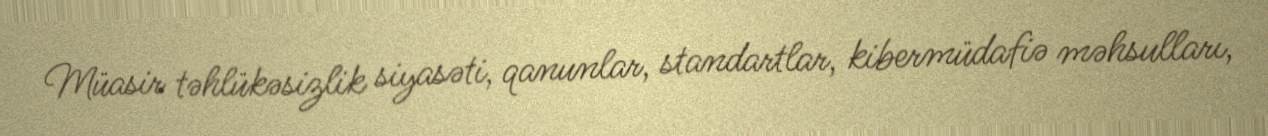
Müasir təhlükəsizlik siyasəti, qanunlar, standartlar, kibermüdafiə məhsulları,